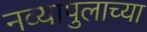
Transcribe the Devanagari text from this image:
नव्यापुलाच्या